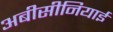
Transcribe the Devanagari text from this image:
अबीसीनियाई